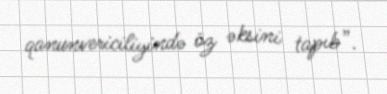
qanunvericiliyində öz əksini tapıb”.